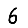
Digit: 6